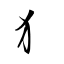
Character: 犭